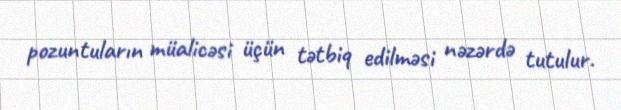
pozuntuların müalicəsi üçün tətbiq edilməsi nəzərdə tutulur.